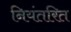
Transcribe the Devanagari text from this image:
नियंतरित